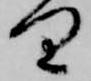
り